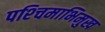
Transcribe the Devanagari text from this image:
पश्‍चिमाभिमुख